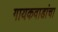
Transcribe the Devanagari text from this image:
गायकवाडांचा